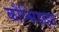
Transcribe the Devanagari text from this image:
कौन्सिडाइन